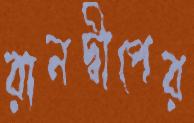
রানদ্বীপের